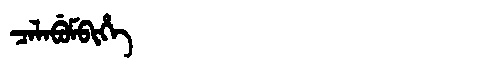
Manchu: ᠴᠠᠯᠠᠪᡠᠮᠪᡳᡥᡝ
Romanization: CALABUMBIHE